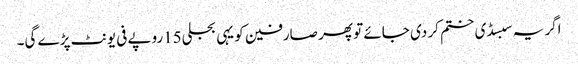
اگر یہ سبسڈی ختم کر دی جائے تو پھر صارفین کو یہی بجلی15روپے فی یونٹ پڑے گی۔